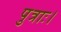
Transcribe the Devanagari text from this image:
पुत्राः।